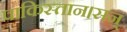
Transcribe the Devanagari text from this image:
पाकिस्तान।सन्